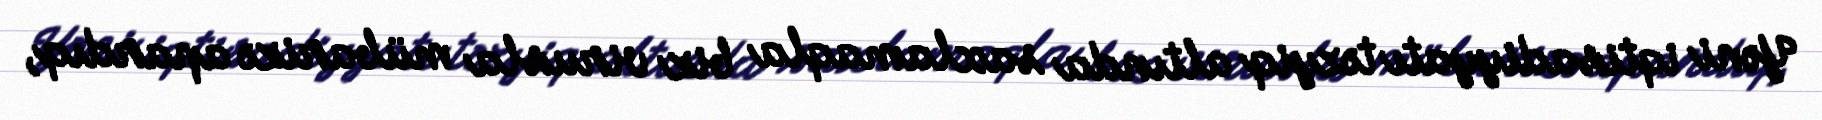
Yəni iqtisadiyyatı təzyiq altında saxlamaqla biz virusla mübarizə apardıq,